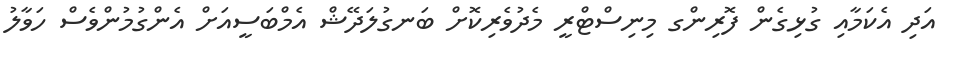
އަދި އެކަމާއި ގުޅިގެން ފޮރިންގ މިނިސްޓްރީ މެދުވެރިކޮށް ބަނގުލަދޭޝް އެމްބަސީއަށް އެންގުމުންވެސް ހަވާލު